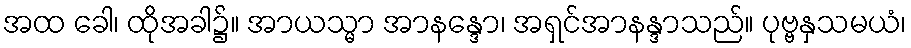
အထ ခေါ၊ ထိုအခါ၌။ အာယသ္မာ အာနန္ဒော၊ အရှင်အာနန္ဒာသည်။ ပုဗ္ဗနှသမယံ၊